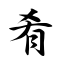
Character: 肴